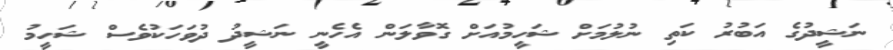
ނަޝީދުގެ އަބުރު ކަތި ނުލުމަށް ޝަހީމުއަށް ގޮވާލަން އެހެނީ ނަޝީދު ދުވަހަކުވެސް ޝަހީމު